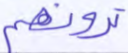
ترونهم